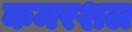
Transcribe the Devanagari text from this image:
कमरशल